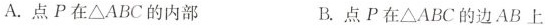
A.点P在ΔABC的内部 B.点P在ΔABC的边AB上